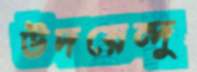
উদয়েন্দু